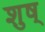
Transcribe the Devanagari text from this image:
शुष्